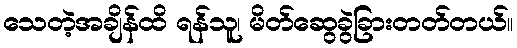
သေတဲ့အချိန်ထိ ရန်သူ၊ မိတ်ဆွေခွဲခြားတတ်တယ်။